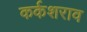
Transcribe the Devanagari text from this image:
कर्कशराव